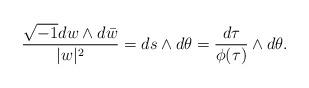
LaTeX: \begin{align*}\frac{\sqrt{-1}dw\wedge d\bar{w}}{\lvert w\rvert^{2}}=ds\wedge d\theta=\frac{d\tau}{\phi(\tau)}\wedge d\theta.\end{align*}